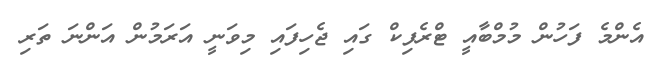
އެންމެ ފަހުން މުމްބާއީ ޓްރެފިކް ގައި ޖެހިފައި މިވަނީ އަރަމުން އަންނަ ތަރި